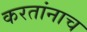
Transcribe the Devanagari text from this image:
करतांनाच